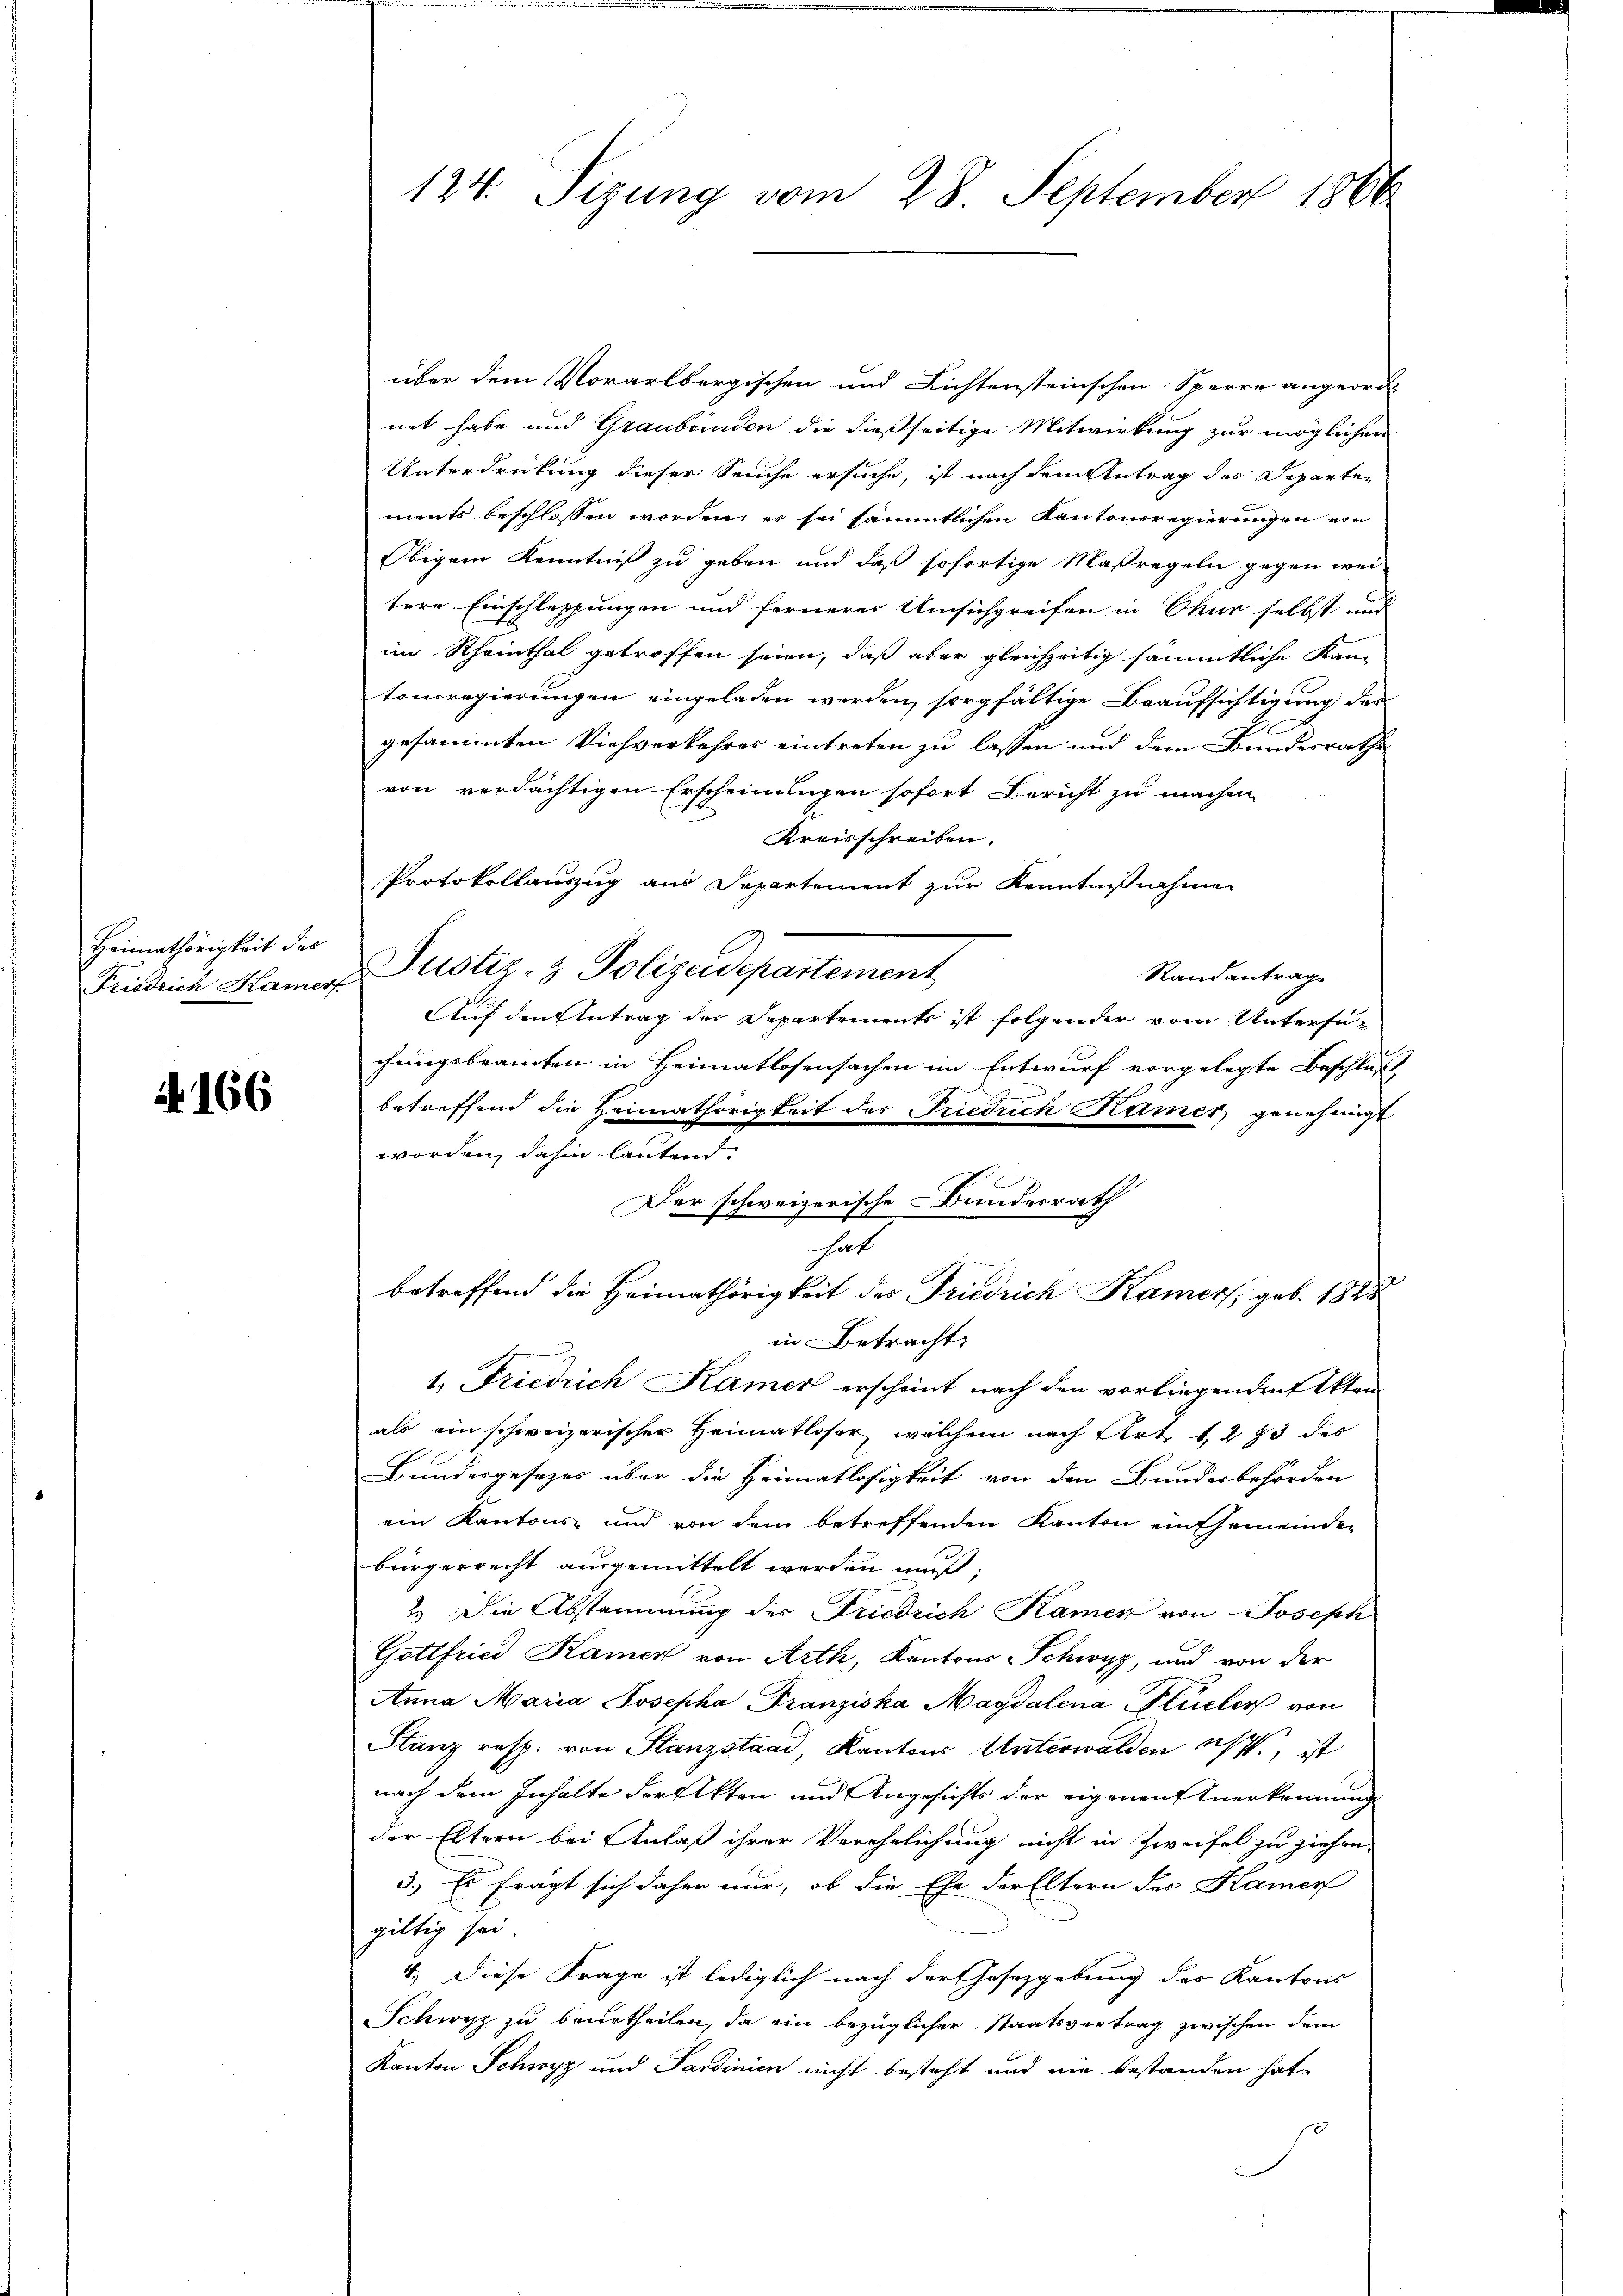
Heimathörigkeit des
Friedrich Kamer,

A 166.

124. Segung vom 28. September 1800.

über dem Vorarlbergischen und Richtensteinschen Sperre angeord-
net habe und Graubünden die dießseitige Mitwirkung zur möglichen
Unterdrückung dieser Seuche ersuche, ist nach dem Antrag des Departements beschlossen worden, es sei sämmtlichen Kantonsregierungen von
Obigem Kenntniß zu geben und daß sofortige Maßregeln gegen wei-
tere Einschleppungen und fernerer Umsichgreifen in Chur selbst und
im Rheinthal getroffen seien, daß aber gleichzeitig sämmtliche Kam
tonsregierungen eingeladen werden, sorgfältige Beaufsichtigung der
2
gesammten Viehverkehres eintreten zu lassen und dem Bundesrathe
von verdächtigen Erscheinungen sofort Bericht zu machen.
Kreisschreiben.
Protokollauszug aus Departement zur Kenntnißnahme
Justiz- & Polizeidepartement
Randantrag
Auf den Antrag der Departements ist folgender vom Untersu-
chungsbeamten in Heimatlosensachen im Entwurf vorgelegte Beschluß
betreffend die Heimathörigkeit des Friedrich Kamer genehmigt
worden, dahin lautend.
Der schweizerische Bundesrath
hat

betreffend die Heimathörigkeit des Friedrich Kamer, geb. 1848
in Betracht:

1. Friedrich Kamer erscheint nach den vorliegenden Akten
als ein schweizerischer Heimatloser, welchem nach Art 1273 des
Bundesgesezes über die Heimatlosigkeit von den Bundesbehörden
ein Kantons- und von dem betreffenden Kanton ein Gemeinden
bürgerrecht ausgemittelt werden muß.
2.) Die Abstammung des Friedrich Kamer von Joseph
Gottfried Kamer von Arth, Kantons Schwyz, und von der
Anna Maria Josepha Franziska Magdalena Flüeler von
Stanz resp. von Stanzstand, Kantons Unterwalden ist, ist
nach dem Inhalte der Akten und Angesichts der eigenen Anerkennung
der Eltern bei Anlaß ihrer Verehrlichung nicht in Zweifel zu ziehen
3.) Es fragt sich daher nur, ob die Ehe der Eltern der Kamer
gültig sei
4.) Diese Frage ist lediglich nach der Gesetzgebung des Kantons
Schwyz zu beurtheilen, da ein bezüglicher Staatsvertrag zwischen dem
Kanton Schwyz und Sardinien nicht besteht und nie bestanden hat,
.